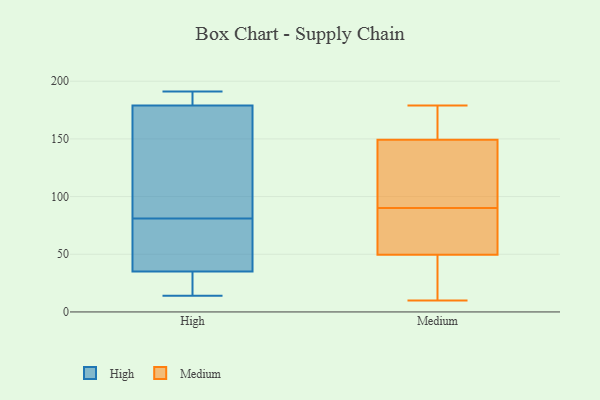
{"axis": {"x": "Satisfaction Score", "y": "Value"}, "legend": ["High", "Medium"], "data": [{"x": "", "y": 191, "type": "High"}, {"x": "", "y": 14, "type": "High"}, {"x": "", "y": 28, "type": "High"}, {"x": "", "y": 35, "type": "High"}, {"x": "", "y": 143, "type": "High"}, {"x": "", "y": 87, "type": "High"}, {"x": "", "y": 186, "type": "High"}, {"x": "", "y": 75, "type": "High"}, {"x": "", "y": 179, "type": "High"}, {"x": "", "y": 35, "type": "High"}, {"x": "", "y": 73, "type": "Medium"}, {"x": "", "y": 54, "type": "Medium"}, {"x": "", "y": 48, "type": "Medium"}, {"x": "", "y": 179, "type": "Medium"}, {"x": "", "y": 154, "type": "Medium"}, {"x": "", "y": 90, "type": "Medium"}, {"x": "", "y": 106, "type": "Medium"}, {"x": "", "y": 138, "type": "Medium"}, {"x": "", "y": 153, "type": "Medium"}, {"x": "", "y": 10, "type": "Medium"}, {"x": "", "y": 29, "type": "Medium"}]}